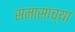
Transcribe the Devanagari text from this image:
समासाच्या